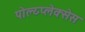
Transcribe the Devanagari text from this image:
पोल्य्प्लेक्सेस